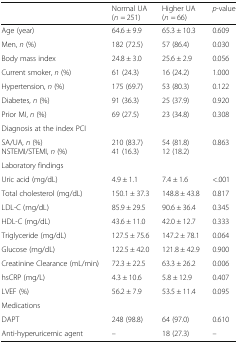
<table><thead><tr><td></td><td><b>Normal UA(<i>n</i> = 251)</b></td><td><b>Higher UA(<i>n</i> = 66)</b></td><td><b><i>p</i>-value</b></td></tr></thead><tbody><tr><td>Age (year)</td><td>64.6 ± 9.9</td><td>65.3 ± 10.3</td><td>0.609</td></tr><tr><td>Men, <i>n</i> (%)</td><td>182 (72.5)</td><td>57 (86.4)</td><td>0.030</td></tr><tr><td>Body mass index</td><td>24.8 ± 3.0</td><td>25.6 ± 2.9</td><td>0.056</td></tr><tr><td>Current smoker, <i>n</i> (%)</td><td>61 (24.3)</td><td>16 (24.2)</td><td>1.000</td></tr><tr><td>Hypertension, <i>n</i> (%)</td><td>175 (69.7)</td><td>53 (80.3)</td><td>0.122</td></tr><tr><td>Diabetes, <i>n</i> (%)</td><td>91 (36.3)</td><td>25 (37.9)</td><td>0.920</td></tr><tr><td>Prior MI, <i>n</i> (%)</td><td>69 (27.5)</td><td>23 (34.8)</td><td>0.308</td></tr><tr><td colspan="4">Diagnosis at the index PCI</td></tr><tr><td>SA/UA, <i>n</i> (%)NSTEMI/STEMI, <i>n</i> (%)</td><td>210 (83.7)41 (16.3)</td><td>54 (81.8)12 (18.2)</td><td>0.863</td></tr><tr><td colspan="4">Laboratory findings</td></tr><tr><td>Uric acid (mg/dL)</td><td>4.9 ± 1.1</td><td>7.4 ± 1.6</td><td>&lt;.001</td></tr><tr><td>Total cholesterol (mg/dL)</td><td>150.1 ± 37.3</td><td>148.8 ± 43.8</td><td>0.817</td></tr><tr><td>LDL-C (mg/dL)</td><td>85.9 ± 29.5</td><td>90.6 ± 36.4</td><td>0.345</td></tr><tr><td>HDL-C (mg/dL)</td><td>43.6 ± 11.0</td><td>42.0 ± 12.7</td><td>0.333</td></tr><tr><td>Triglyceride (mg/dL)</td><td>127.5 ± 75.6</td><td>147.2 ± 78.1</td><td>0.064</td></tr><tr><td>Glucose (mg/dL)</td><td>122.5 ± 42.0</td><td>121.8 ± 42.9</td><td>0.900</td></tr><tr><td>Creatinine Clearance (mL/min)</td><td>72.3 ± 22.5</td><td>63.3 ± 26.2</td><td>0.006</td></tr><tr><td>hsCRP (mg/L)</td><td>4.3 ± 10.6</td><td>5.8 ± 12.9</td><td>0.407</td></tr><tr><td>LVEF (%)</td><td>56.2 ± 7.9</td><td>53.5 ± 11.4</td><td>0.095</td></tr><tr><td colspan="4">Medications</td></tr><tr><td>DAPT</td><td>248 (98.8)</td><td>64 (97.0)</td><td>0.610</td></tr><tr><td>Anti-hyperuricemic agent</td><td>–</td><td>18 (27.3)</td><td>–</td></tr></tbody></table>